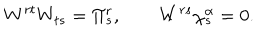
LaTeX: W ^ { r t } W _ { t s } = \Pi _ { s } ^ { r } , \qquad W ^ { r s } \chi _ { s } ^ { \alpha } = 0 .